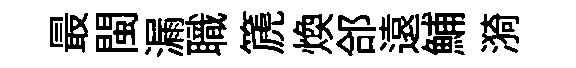
最閩漏職篪煥郃遠鯆漪